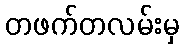
တဖက်တလမ်းမှ